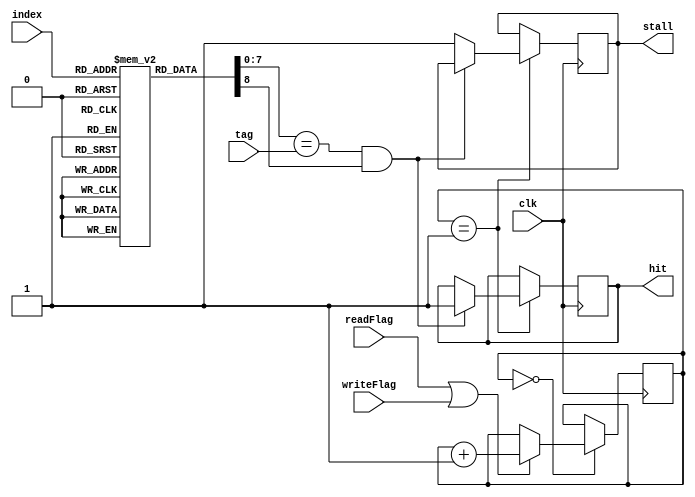
module Cache_Controller(
	input clk,
	input [7:0] tag,
	input [2:0] index,
	input readFlag, writeFlag,
	output reg stall, hit);

	localparam VALID = 1;
	localparam INVALID = 0;
	
	reg [2:0] state;//Current state of the control machine
	reg [8:0] cache_Table [0:7];//Table for searching the data.

	integer i = 0;
	initial
	begin
		state = 0;
		for(i=0; i<8; i=i+1)
		begin
			cache_Table[i] = INVALID;
		end
	end


	always @(negedge clk)
	begin
		case(state)
			3'b000://Wait for read or write request
			begin
				if(readFlag || writeFlag)
				begin
					state = state+1;
				end
			end
			3'b001://Check Table
			begin
				if((cache_Table[index][7:0] == tag)
				    &&(cache_Table[index][8]))//Check that the tag fields match
				begin
					hit <= 1;
				end
				else
				begin
					stall <= 1;
				end
			end
			3'b010:
			begin

			end
		endcase

	end

endmodule